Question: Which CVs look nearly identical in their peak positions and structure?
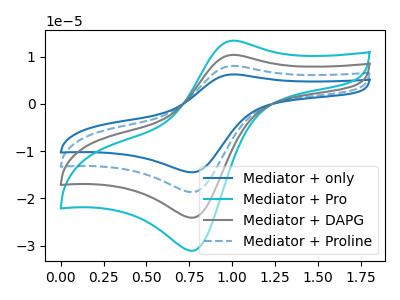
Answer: <think>The blue curve "Mediator + only" has an anodic peak at (1.00V, 31.10uA) and a cathodic peak at (0.80V, -72.35uA). The cyan curve "Mediator + Pro" has an anodic peak at (1.00V, 13.35uA) and a cathodic peak at (0.80V, -31.10uA). The gray curve "Mediator + DAPG" has an anodic peak at (1.00V, 10.35uA) and a cathodic peak at (0.80V, -24.10uA). The blue dashed curve "Mediator + Proline" has an anodic peak at (1.00V, 20.75uA) and a cathodic peak at (0.80V, -48.20uA).
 All the peaks in "Mediator + only" have a peak in "Mediator + Pro" at the same potential. Every peak in "Mediator + only" is higher than every peak in "Mediator + Pro". All the peaks in "Mediator + only" have a peak in "Mediator + DAPG" at the same potential. Every peak in "Mediator + only" is higher than every peak in "Mediator + DAPG". All the peaks in "Mediator + only" have a peak in "Mediator + Proline" at the same potential. Every peak in "Mediator + only" is higher than every peak in "Mediator + Proline". All the peaks in "Mediator + Pro" have a peak in "Mediator + DAPG" at the same potential. Every peak in "Mediator + Pro" is higher than every peak in "Mediator + DAPG". All the peaks in "Mediator + Pro" have a peak in "Mediator + Proline" at the same potential. Every peak in "Mediator + Pro" is lower than every peak in "Mediator + Proline". All the peaks in "Mediator + DAPG" have a peak in "Mediator + Proline" at the same potential. Every peak in "Mediator + DAPG" is lower than every peak in "Mediator + Proline".</think>
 <answer>"Mediator + Pro", "Mediator + only", "Mediator + DAPG" and "Mediator + Proline" have the same shape and are likely CV's of the same chemical.</answer>
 <eval>"Mediator + Pro" "Mediator + only" "Mediator + DAPG" "Mediator + Proline"</eval>